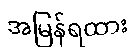
အမြန်ရထား